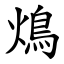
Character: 䲴